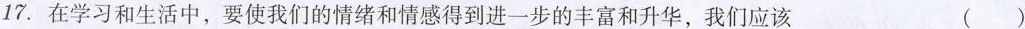
17.在学习和生活中，要使我们的情绪和情感得到进一步的丰富和升华，我们应该 ()